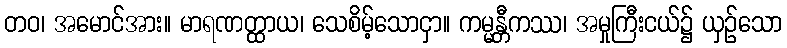
တဝ၊ အမောင်အား။ မာရဏတ္ထာယ၊ သေစိမ့်သောငှာ။ ကမ္မန္တီကဿ၊ အမှုကြီးငယ်၌ ယှဉ်သော